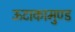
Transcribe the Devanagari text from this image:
ऊटाकामुण्ड